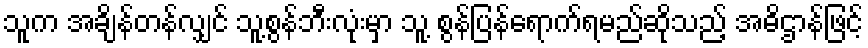
သူက အချိန်တန်လျှင် သူ့စွန်ဘီးလုံးမှာ သူ့ စွန်ပြန်ရောက်ရမည်ဆိုသည့် အဓိဌာန်ဖြင့်